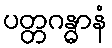
ပတ္တဂန္ဓာနံ